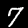
Label: 7